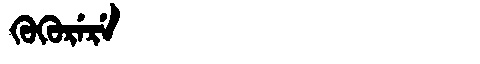
Manchu: ᡴᡠᡴᡠᡵᡝᡵᡝ
Romanization: KUKURERE